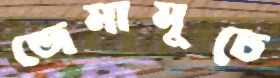
জেমামুচে